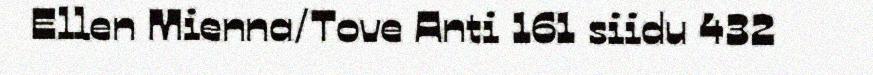
Ellen Mienna/Tove Anti 161 siidu 432